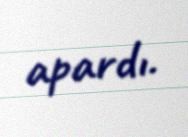
apardı.